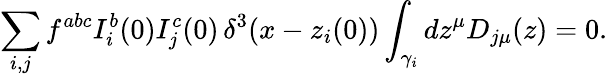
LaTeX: \sum_{i,j}f^{abc}I_{i}^{b}(0)I_{j}^{c}(0)\, \delta^{3}(x-z_{i}(0))\int_{\gamma_{i}}dz^{\mu}D_{j\mu}(z)=0.